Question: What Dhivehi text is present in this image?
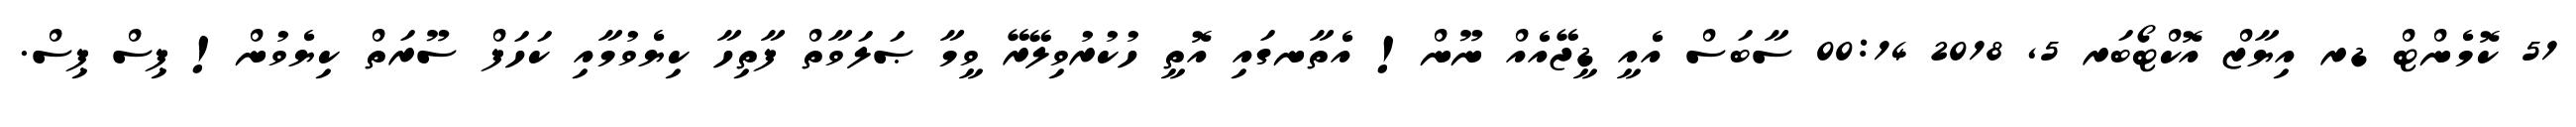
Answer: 51 ކޮމެންޓް ޑރ އިޔާޒް އޮކްޓޯބަރ 5, 2018 00:14 ސާބަސް އެއީ ޑީޖޭއެއް ނޫން! އެތާނގައި އޮތީ ހުކުރުވިލޭރޭ ވީމާ ޞަލަވާތް ފާތިހާ ކިޔެވުމާއި ކަހަފް ސޫރަތް ކިޔެވުން! ޕިސް ޕިސް.